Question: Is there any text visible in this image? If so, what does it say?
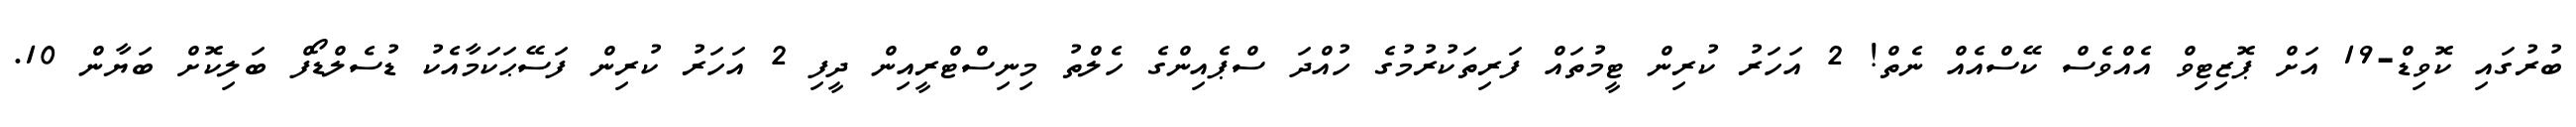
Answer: ބުރުގައި ކޮވިޑް-19 އަށް ޕޮޒިޓިވް އެއްވެސް ކޭސްއެއް ނެތް! 2 އަހަރު ކުރިން ޓީމުތައް ފަރިތަކުރުމުގެ ހުއްދަ ސްޕެއިންގެ ހެލްތު މިނިސްޓްރީއިން ދީފި 2 އަހަރު ކުރިން ފަސޭޙަކަމާއެކު ޑުސެލްޑޯފް ބަލިކޮށް ބަޔާން 10.